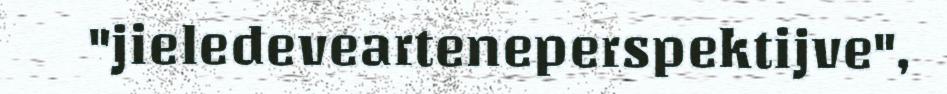
"jieledevearteneperspektijve",